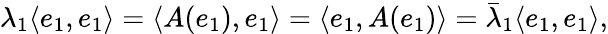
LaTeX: \lambda_{1}\langle e_{1},e_{1}\rangle=\langle A(e_{1}),e_{1}\rangle=\langle e_{1},A(e_{1})\rangle={\bar{\lambda}}_{1}\langle e_{1},e_{1}\rangle,